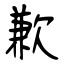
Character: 歉